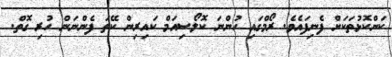
ކަންކޮޅުތަކަށް ފެނިފައެވެ. ރޯމްގައި ހުންނަ ކޮލޯސިއަމް ކައިރިން ކޭތަ ފެންނަން ހުރި ގޮތް.